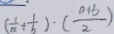
( \frac { 1 } { a } + \frac { 1 } { b } ) \cdot ( \frac { a + b } { 2 } )